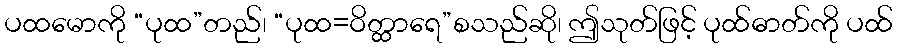
ပထမောကို “ပုထ”တည်၊ “ပုထ=ဝိတ္ထာရေ”စသည်ဆို၊ ဤသုတ်ဖြင့် ပုထ်ဓာတ်ကို ပထ်